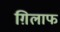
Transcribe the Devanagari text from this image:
ग़िलाफ